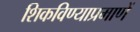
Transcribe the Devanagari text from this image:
शिकविण्याप्रमाणें